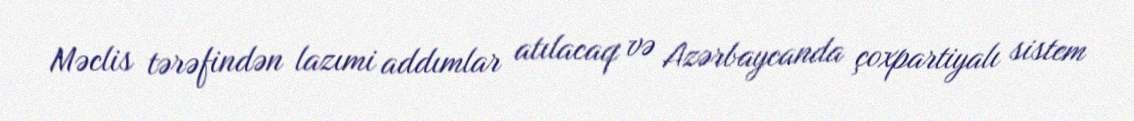
Məclis tərəfindən lazımi addımlar atılacaq və Azərbaycanda çoxpartiyalı sistem